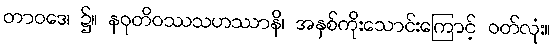
တာဝဒေ၊ ၌။ နဝုတိဝဿသဟဿာနိ၊ အနှစ်ကိုးသောင်းကြောင့် ဝတ်လုံး။